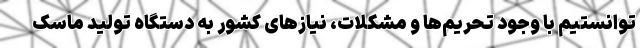
توانستیم با وجود تحریم‌ها و مشکلات، نیازهای کشور به دستگاه تولید ماسک